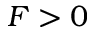
F > 0